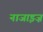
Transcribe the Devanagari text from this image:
नाजाइज़